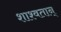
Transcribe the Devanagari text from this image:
शाश्वतान्